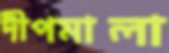
দীপমালা